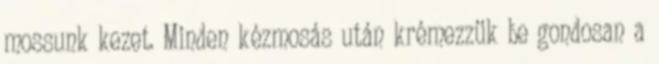
mossunk kezet. Minden kézmosás után krémezzük be gondosan a